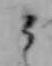
こ